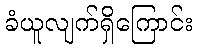
ခံယူလျက်ရှိကြောင်း